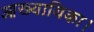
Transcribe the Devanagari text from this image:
आख्यायिका।